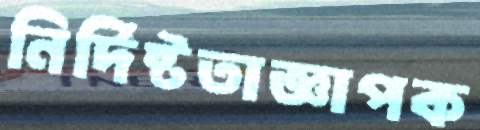
নির্দিষ্টতাজ্ঞাপক